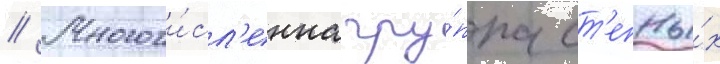
// Многочи́сл'енна гру́ппа ст'епны́х